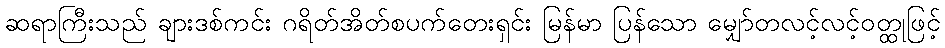
ဆရာကြီးသည် ချားဒစ်ကင်း ဂရိတ်အိတ်စပက်တေးရှင်း မြန်မာ ပြန်သော မျှော်တလင့်လင့်ဝတ္ထုဖြင့်